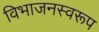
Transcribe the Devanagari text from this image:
विभाजनस्वरूप